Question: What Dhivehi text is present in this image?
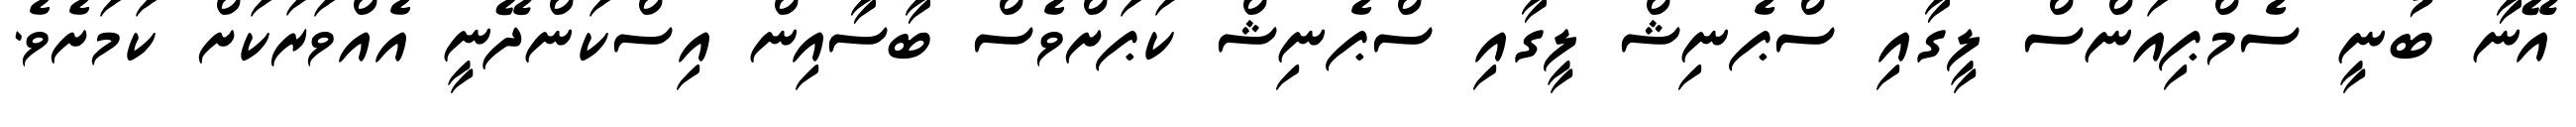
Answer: އޭނާ ބުނީ ސެމްޕިއަންސް ލީގާއި ސްޕެނިޝް ލީގާއި ސްޕެނިޝް ކަޕަށްވެސް ބާސާއިން އިސްކަންދޭނީ އެއްވަރަކަށް ކަމަށެވެ.